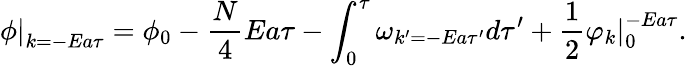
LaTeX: \left.\phi\right|_{k=-Ea\tau}=\phi_{0}-\frac{N}{4}Ea\tau-\int_{0}^{\tau}\omega_{k^{\prime}=-Ea\tau^{\prime}}d\tau^{\prime}+\frac{1}{2}\left.\varphi_{k}\right|_{0}^{-Ea\tau}.